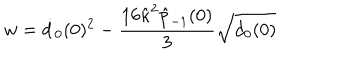
w = \dot { d } _ { 0 } ( 0 ) ^ { 2 } - \frac { 1 6 \hat { \kappa } ^ { 2 } \hat { p } _ { - 1 } ( 0 ) } { 3 } \sqrt { d _ { 0 } ( 0 ) }